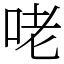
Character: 咾